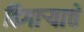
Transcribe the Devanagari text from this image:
ढिगार्‍याचे